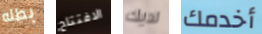
بطله الافتتاح لديك أخدمك